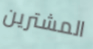
المشترين